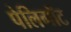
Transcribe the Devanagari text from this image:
पेलिगॉट